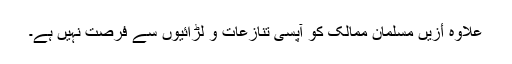
علاوہ أزیں مسلمان ممالک کو آپسی تنازعات و لڑائیوں سے فرصت نہیں ہے۔